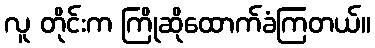
လူ တိုင်းက ကြိုဆိုထောက်ခံကြတယ်။